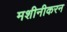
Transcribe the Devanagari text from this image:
मशीनीकरन